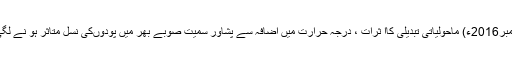
17 نومبر2016ء) ماحولیاتی تبدیلی کاا ثرات ، درجہ حرارت میں اضافہ سے پشاور سمیت صوبے بھر میں پودوںکی نسل متاثر ہو نے لگی ہے ۔